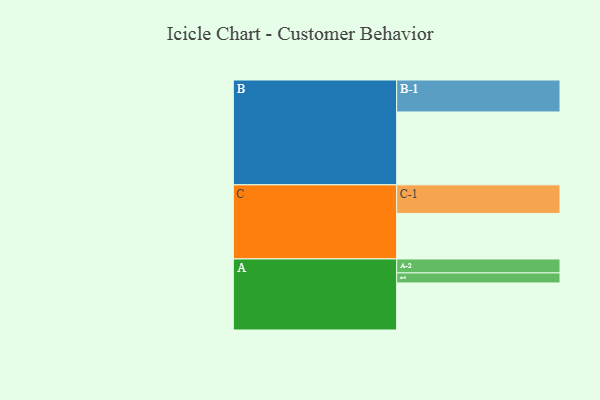
{"axis": {"x": "Segment", "y": "Value"}, "legend": ["", "A", "B", "C"], "data": [{"x": "A", "y": 384, "type": ""}, {"x": "B", "y": 595, "type": ""}, {"x": "C", "y": 372, "type": ""}, {"x": "A-1", "y": 82, "type": "A"}, {"x": "A-2", "y": 114, "type": "A"}, {"x": "B-1", "y": 261, "type": "B"}, {"x": "C-1", "y": 233, "type": "C"}]}